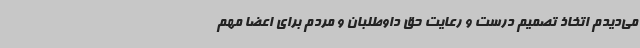
می‌دیدم اتخاذ تصمیم درست و رعایت حق داوطلبان و مردم برای اعضا مهم